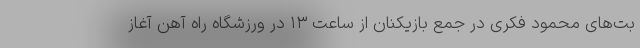
بت‌های محمود فکری در جمع بازیکنان از ساعت ۱۳ در ورزشگاه راه آهن آغاز